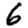
Digit: 6